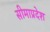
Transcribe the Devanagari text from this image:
सीमाप्रदेश